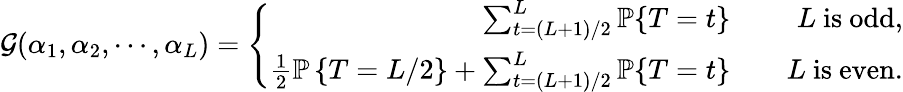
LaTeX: \begin{array}{r}{\mathcal{G}(\alpha_{1},\alpha_{2},\cdots,\alpha_{L})=\left\{ \begin{array}{rlr}{\sum_{t=(L+1)/2}^{L}\mathbb{P}\{ T=t\} }&{}&{L\mathrm{~is~odd},}\\ {\frac{1}{2}\mathbb{P}\left\{ T=L/2\right\} +\sum_{t=(L+1)/2}^{L}\mathbb{P}\{ T=t\} }&{}&{L\mathrm{~is~even}.}\end{array}\right.}\end{array}